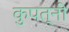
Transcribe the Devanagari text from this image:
कुपत्नी